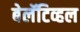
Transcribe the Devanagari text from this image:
बेलॅटिव्हल